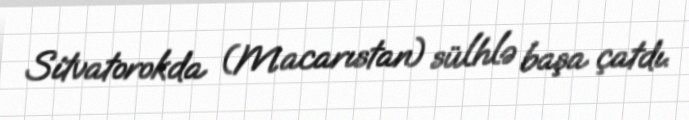
Sitvatorokda (Macarıstan) sülhlə başa çatdı.